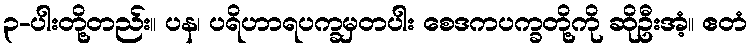
၃-ပါးတို့တည်း။ ပန၊ ပရိဟာရပက္ခမှတပါး စေဒကပက္ခတို့ကို ဆိုဦးအံ့။ ဧတံ